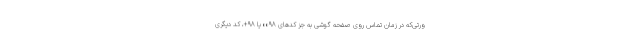
ورتی‌که در زمان تماس روی صفحه گوشی به جز کدهای ۰۰۹۸ یا ۹۸+، کد دیگری